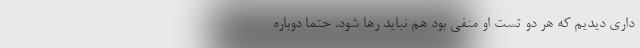
داری دیدیم که هر دو تست او منفی بود هم نباید رها شود. حتما دوباره